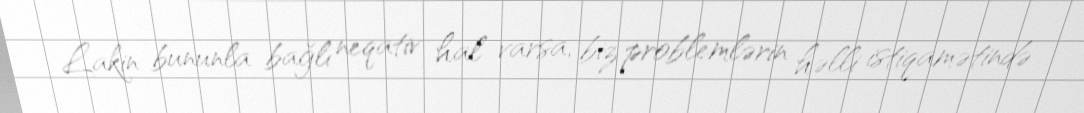
Lakin bununla bağlı neqativ hal varsa, biz problemlərin həlli istiqamətində